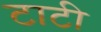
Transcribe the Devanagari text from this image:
टाटी